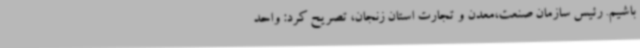
باشیم. رئیس سازمان صنعت،معدن و تجارت استان زنجان، تصریح کرد: واحد